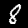
Label: 8